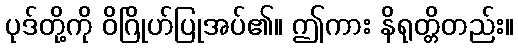
ပုဒ်တို့ကို ဝိဂြိုဟ်ပြုအပ်၏။ ဤကား နိရုတ္တိတည်း။